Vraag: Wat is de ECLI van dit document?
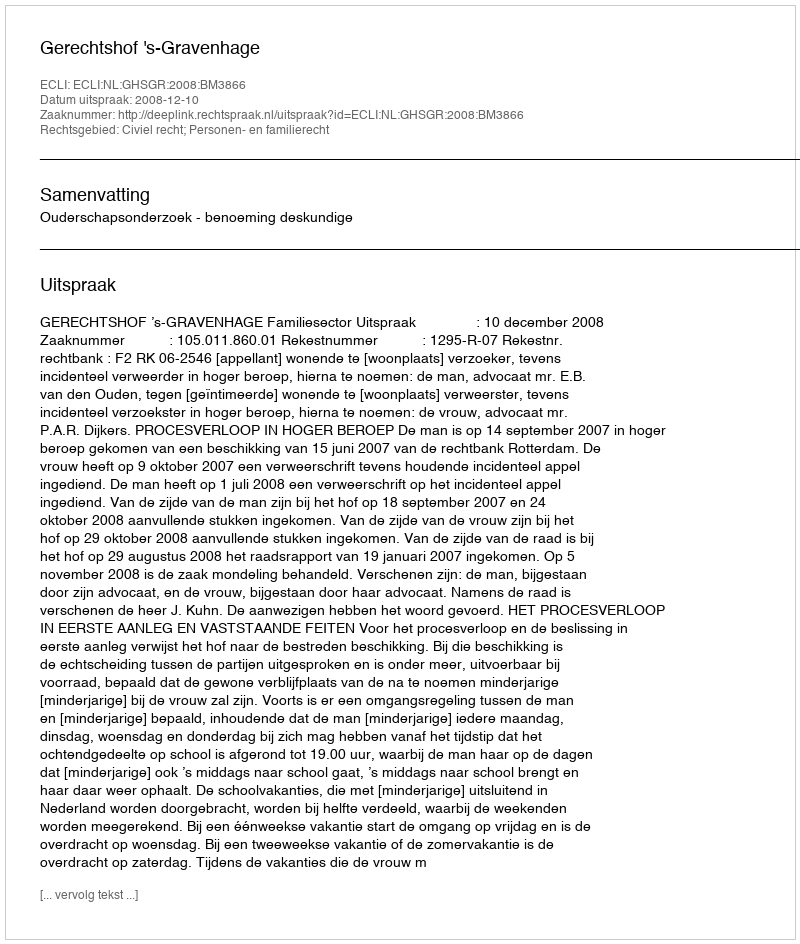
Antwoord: ECLI:NL:GHSGR:2008:BM3866